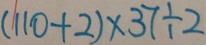
( 1 1 0 + 2 ) \times 3 7 \div 2